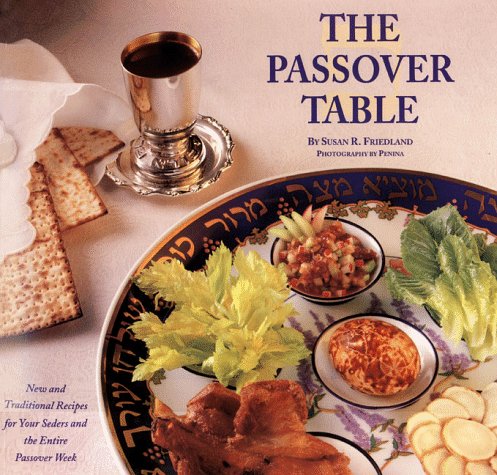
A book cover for The Passover Table: New and Traditional Recipes for Your Seders and the Entire Passover Week; Susan R. Friedland; Cookbooks, Food & Wine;